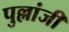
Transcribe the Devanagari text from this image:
पुल्लांजी